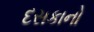
દસકાનો